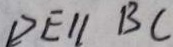
D E / / B C